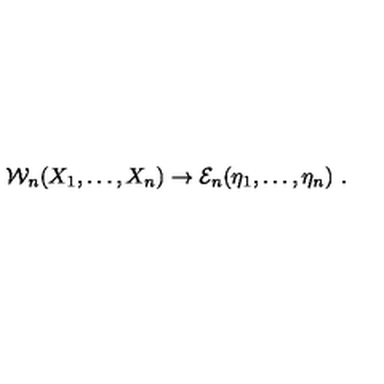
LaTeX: { \cal W } _ { n } ( X _ { 1 } , \ldots , X _ { n } ) \rightarrow { \mathcal E } _ { n } ( \eta _ { 1 } , \ldots , \eta _ { n } ) \ .